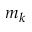
m _ { k }